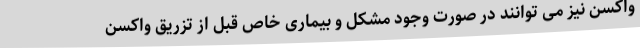
واکسن نیز می توانند در صورت وجود مشکل و بیماری خاص قبل از تزریق واکسن